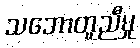
သဘောတူညီမှု